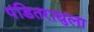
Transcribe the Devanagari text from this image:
पंडितराद्युला